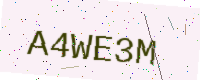
Text: A4WE3M